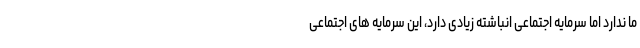
ما ندارد اما سرمایه اجتماعی انباشته زیادی دارد، این سرمایه های اجتماعی